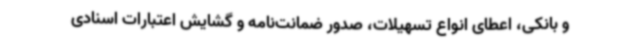
و بانکی، اعطای انواع تسهیلات، صدور ضمانت‌نامه و گشایش اعتبارات اسنادی